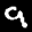
Label: 9